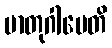
မာတုဂါမေတိ